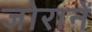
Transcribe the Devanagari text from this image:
जोरानें